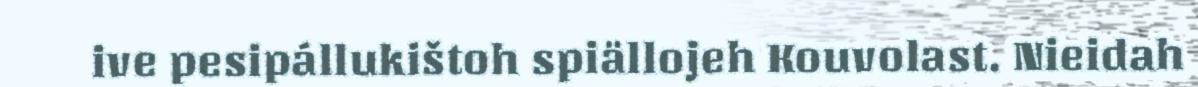
ive pesipállukištoh spiällojeh Kouvolast. Nieidah